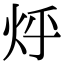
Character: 烀